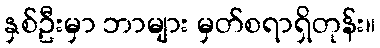
နှစ်ဦးမှာ ဘာများ မှတ်စရာရှိတုန်း။